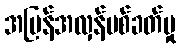
အပြန်အလှန်ပစ်ခတ်မှု